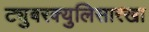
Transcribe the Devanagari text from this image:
ट्युबरक्युलिसारखा